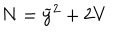
N = { { \widetilde y } } ^ { 2 } + 2 V